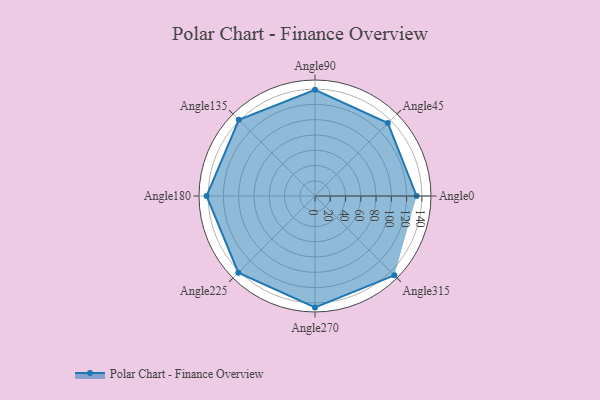
{"axis": {"x": "Angle", "y": "Radius"}, "legend": [""], "data": [{"x": "Angle0", "y": 133.0, "type": ""}, {"x": "Angle45", "y": 135.0, "type": ""}, {"x": "Angle90", "y": 139.0, "type": ""}, {"x": "Angle135", "y": 141.0, "type": ""}, {"x": "Angle180", "y": 142.0, "type": ""}, {"x": "Angle225", "y": 142.0, "type": ""}, {"x": "Angle270", "y": 146.0, "type": ""}, {"x": "Angle315", "y": 147.0, "type": ""}]}